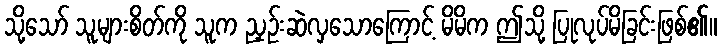
သို့သော် သူများစိတ်ကို သူက ညှဉ်းဆဲလှသောကြောင့် မိမိက ဤသို့ ပြုလုပ်မိခြင်းဖြစ်၏။